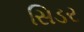
સિડર